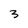
Character: 3